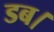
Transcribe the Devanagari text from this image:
डब।